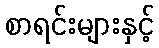
စာရင်းများနှင့်